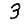
Digit: 3